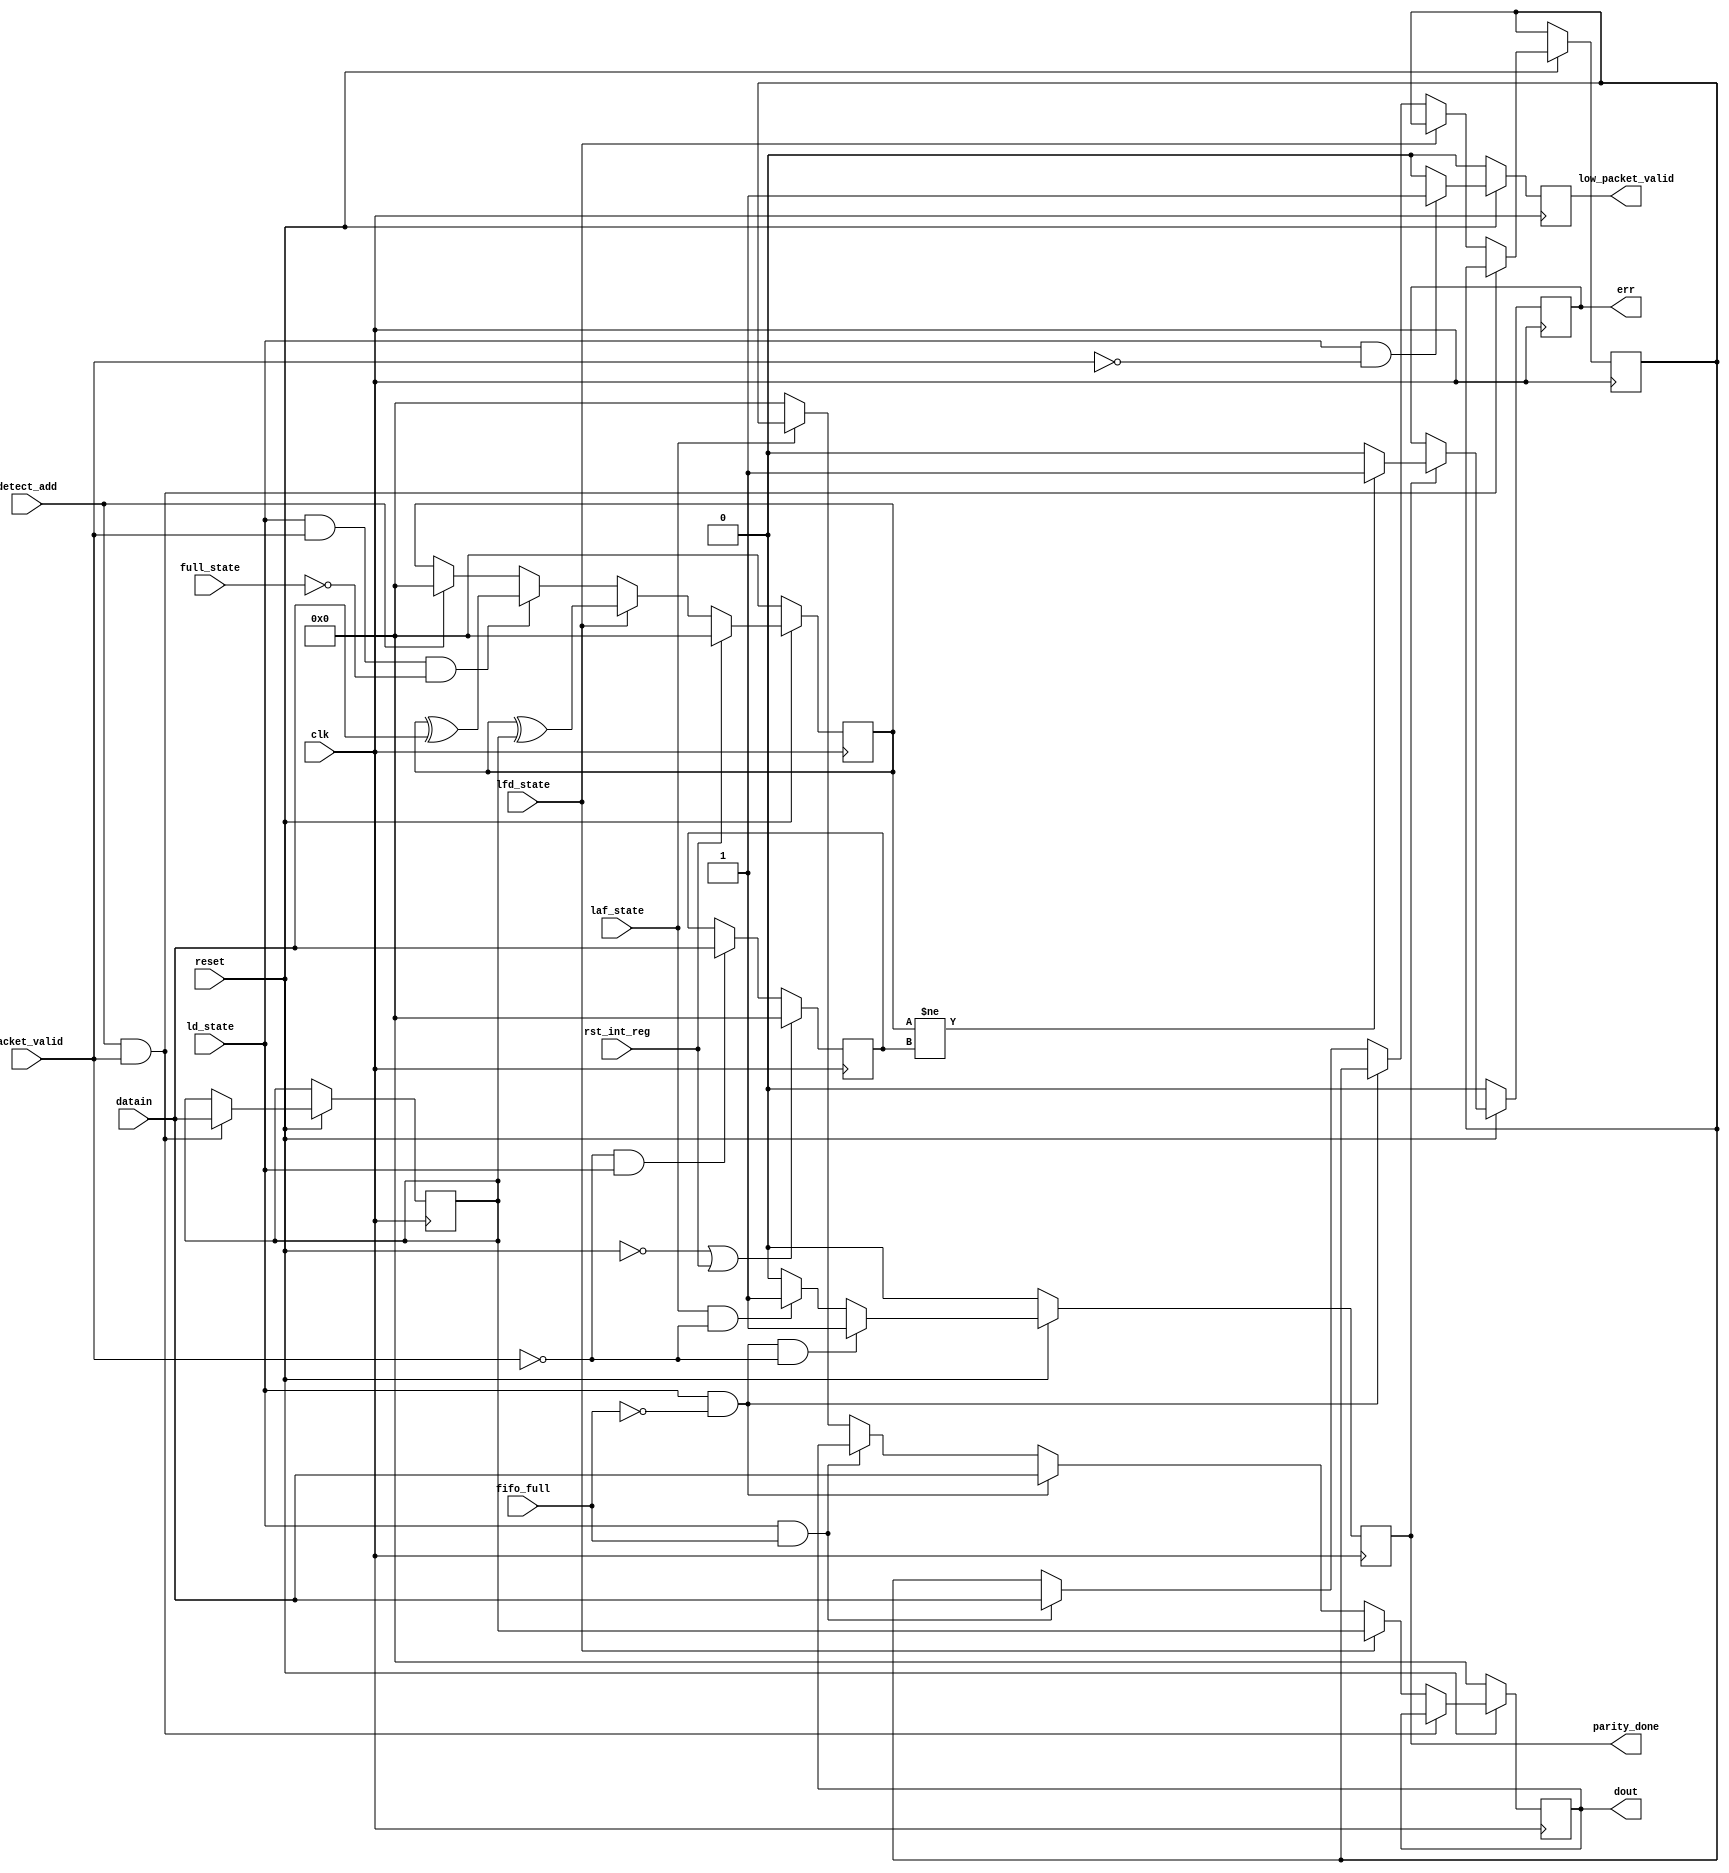
module register(input clk,reset,packet_valid,input [7:0] datain,
input fifo_full,detect_add,ld_state,laf_state,full_state,lfd_state,rst_int_reg,
output reg err,parity_done,low_packet_valid,output reg [7:0] dout);			  
reg [7:0] hb,ffb,ip,ppb;

always@(posedge clk)
begin
if(!reset)
begin
dout<=8'd0;
end
else if (detect_add && packet_valid)
hb<=datain;
else if (lfd_state)
dout<=hb;
else if (ld_state && !fifo_full)
dout<=datain;
else if (ld_state && fifo_full)
ffb<=datain;
else if (laf_state)
dout<=ffb;
else
dout<=8'd0;
end

always@(posedge clk)
begin
if(!reset)
low_packet_valid<=1'b0;
else if(ld_state==1'b1 && packet_valid==1'b0)
low_packet_valid<=1'b1;
else
low_packet_valid<=1'b0;
end

always@(posedge clk)
begin
if(!reset)
begin
parity_done<=1'b0;
end
else if(ld_state && !fifo_full && !packet_valid)
parity_done<=1'b1;
else if (laf_state && !packet_valid)
parity_done<=1'b1;
else
parity_done<=1'b0;
end

always@(posedge clk)
begin
if(!reset)
begin
ip<=8'd0;
end
else if(rst_int_reg) 
begin
ip<=8'd0;
end
else if(lfd_state)
ip<=ip ^ hb;
else if(ld_state && packet_valid && !full_state)
ip<=ip ^ datain;
else
begin
if (detect_add)
ip<=8'b0;
end
end

always@(posedge clk)
begin
if(!reset || rst_int_reg)
ppb<=8'b0;
else 
begin
if(!packet_valid && ld_state)
ppb<=datain;
end
end

always@(posedge clk)
begin
if(!reset)
err<=1'b0;
else 
begin
if(parity_done)
begin
if(ip!=ppb)
err<=1'b1;
else
err<=1'b0;
end
end
end
endmodule